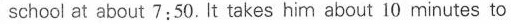
school at about 7:50. It takes him about 10 minutes to